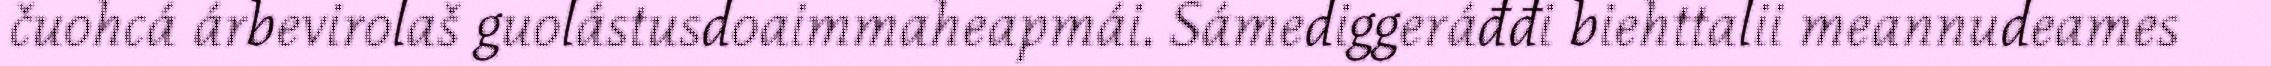
čuohcá árbevirolaš guolástusdoaimmaheapmái. Sámediggeráđđi biehttalii meannudeames